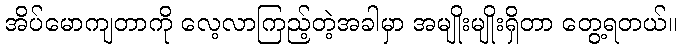
အိပ်မောကျတာကို လေ့လာကြည့်တဲ့အခါမှာ အမျိုးမျိုးရှိတာ တွေ့ရတယ်။